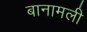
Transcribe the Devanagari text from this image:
बानामली